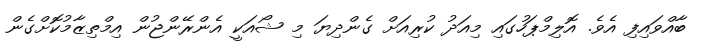
ބާއްވައިފި އެވެ. އޮލިމްޕަހުގައި މިއަދު ކުރިއަށް ގެންދިޔަ މި ޝޯއަކީ އެންރޭންޖުން އިމްތިޒާމުކޮށްގެން